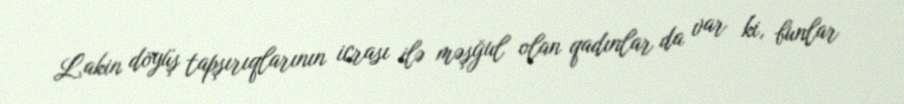
Lakin döyüş tapşırıqlarının icrası ilə məşğul olan qadınlar da var ki, bunlar